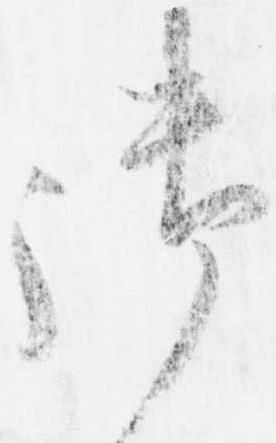
御